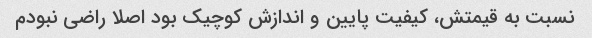
نسبت به قیمتش، کیفیت پایین و اندازش کوچیک بود اصلا راضی نبودم